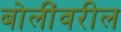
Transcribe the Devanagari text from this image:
बोलींवरील